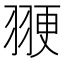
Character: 𫅩